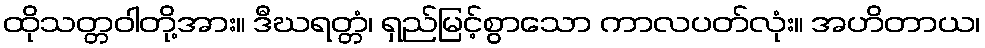
ထိုသတ္တဝါတို့အား။ ဒီဃရတ္တံ၊ ရှည်မြင့်စွာသော ကာလပတ်လုံး။ အဟိတာယ၊